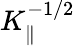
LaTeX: K_{\parallel}^{-1/2}